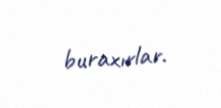
buraxırlar.